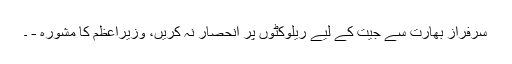
سرفراز بھارت سے جیت کے لیے ریلوکٹوں پر انحصار نہ کریں، وزیراعظم کا مشورہ - ۔